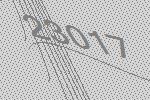
23017